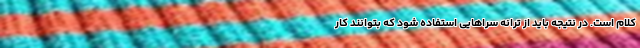
کلام است. در نتیجه باید از ترانه سراهایی استفاده شود که بتوانند کار